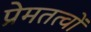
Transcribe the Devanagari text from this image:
प्रेमतत्वों